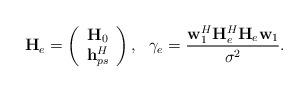
LaTeX: \begin{align*}\mathbf{H}_{e}=\left(\begin{array}{c}\mathbf{H}_0\\\mathbf{h}_{ps}^H\end{array}\right),~~ \gamma_e=\frac{\mathbf{w}_1^H\mathbf{H}_e^H\mathbf{H}_e\mathbf{w}_1}{\sigma^2}.\end{align*}